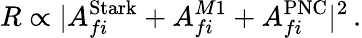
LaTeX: R\propto|A_{fi}^{\mathrm{Stark}}+A_{fi}^{M1}+A_{fi}^{\mathrm{PNC}}|^{2}\, .